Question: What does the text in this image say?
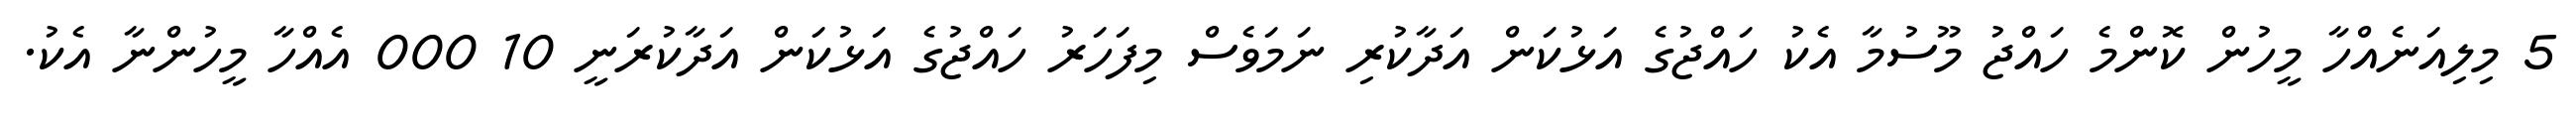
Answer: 5 މިލިއަނެއްހާ މީހުން ކޮންމެ ހައްޖު މޫސުމާ އެކު ހައްޖުގެ އަޅުކަން އަދާކުރި ނަމަވެސް މިފަހަރު ހައްޖުގެ އަޅުކަން އަދާކުރަނީ 10 000 އެއްހާ މީހުންނާ އެކު.